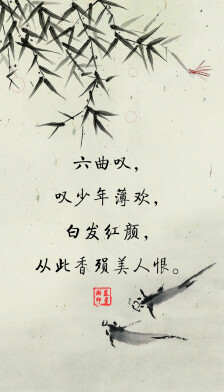
低头独长叹，此叹无人喻。